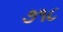
૭૧૮